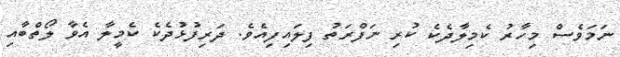
ނަމަވެސް މިހާރު ކެމިލާދެކެ ކުރި ނަފްރަތު ފިލައިފިއެވެ. ދަރިފުޅުދެކެ ކެމީލާ އެވާ ލޯތްބާއި